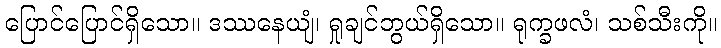
ပြောင်ပြောင်ရှိသော။ ဒဿနေယျံ၊ ရှုချင်ဘွယ်ရှိသော။ ရုက္ခဖလံ၊ သစ်သီးကို။